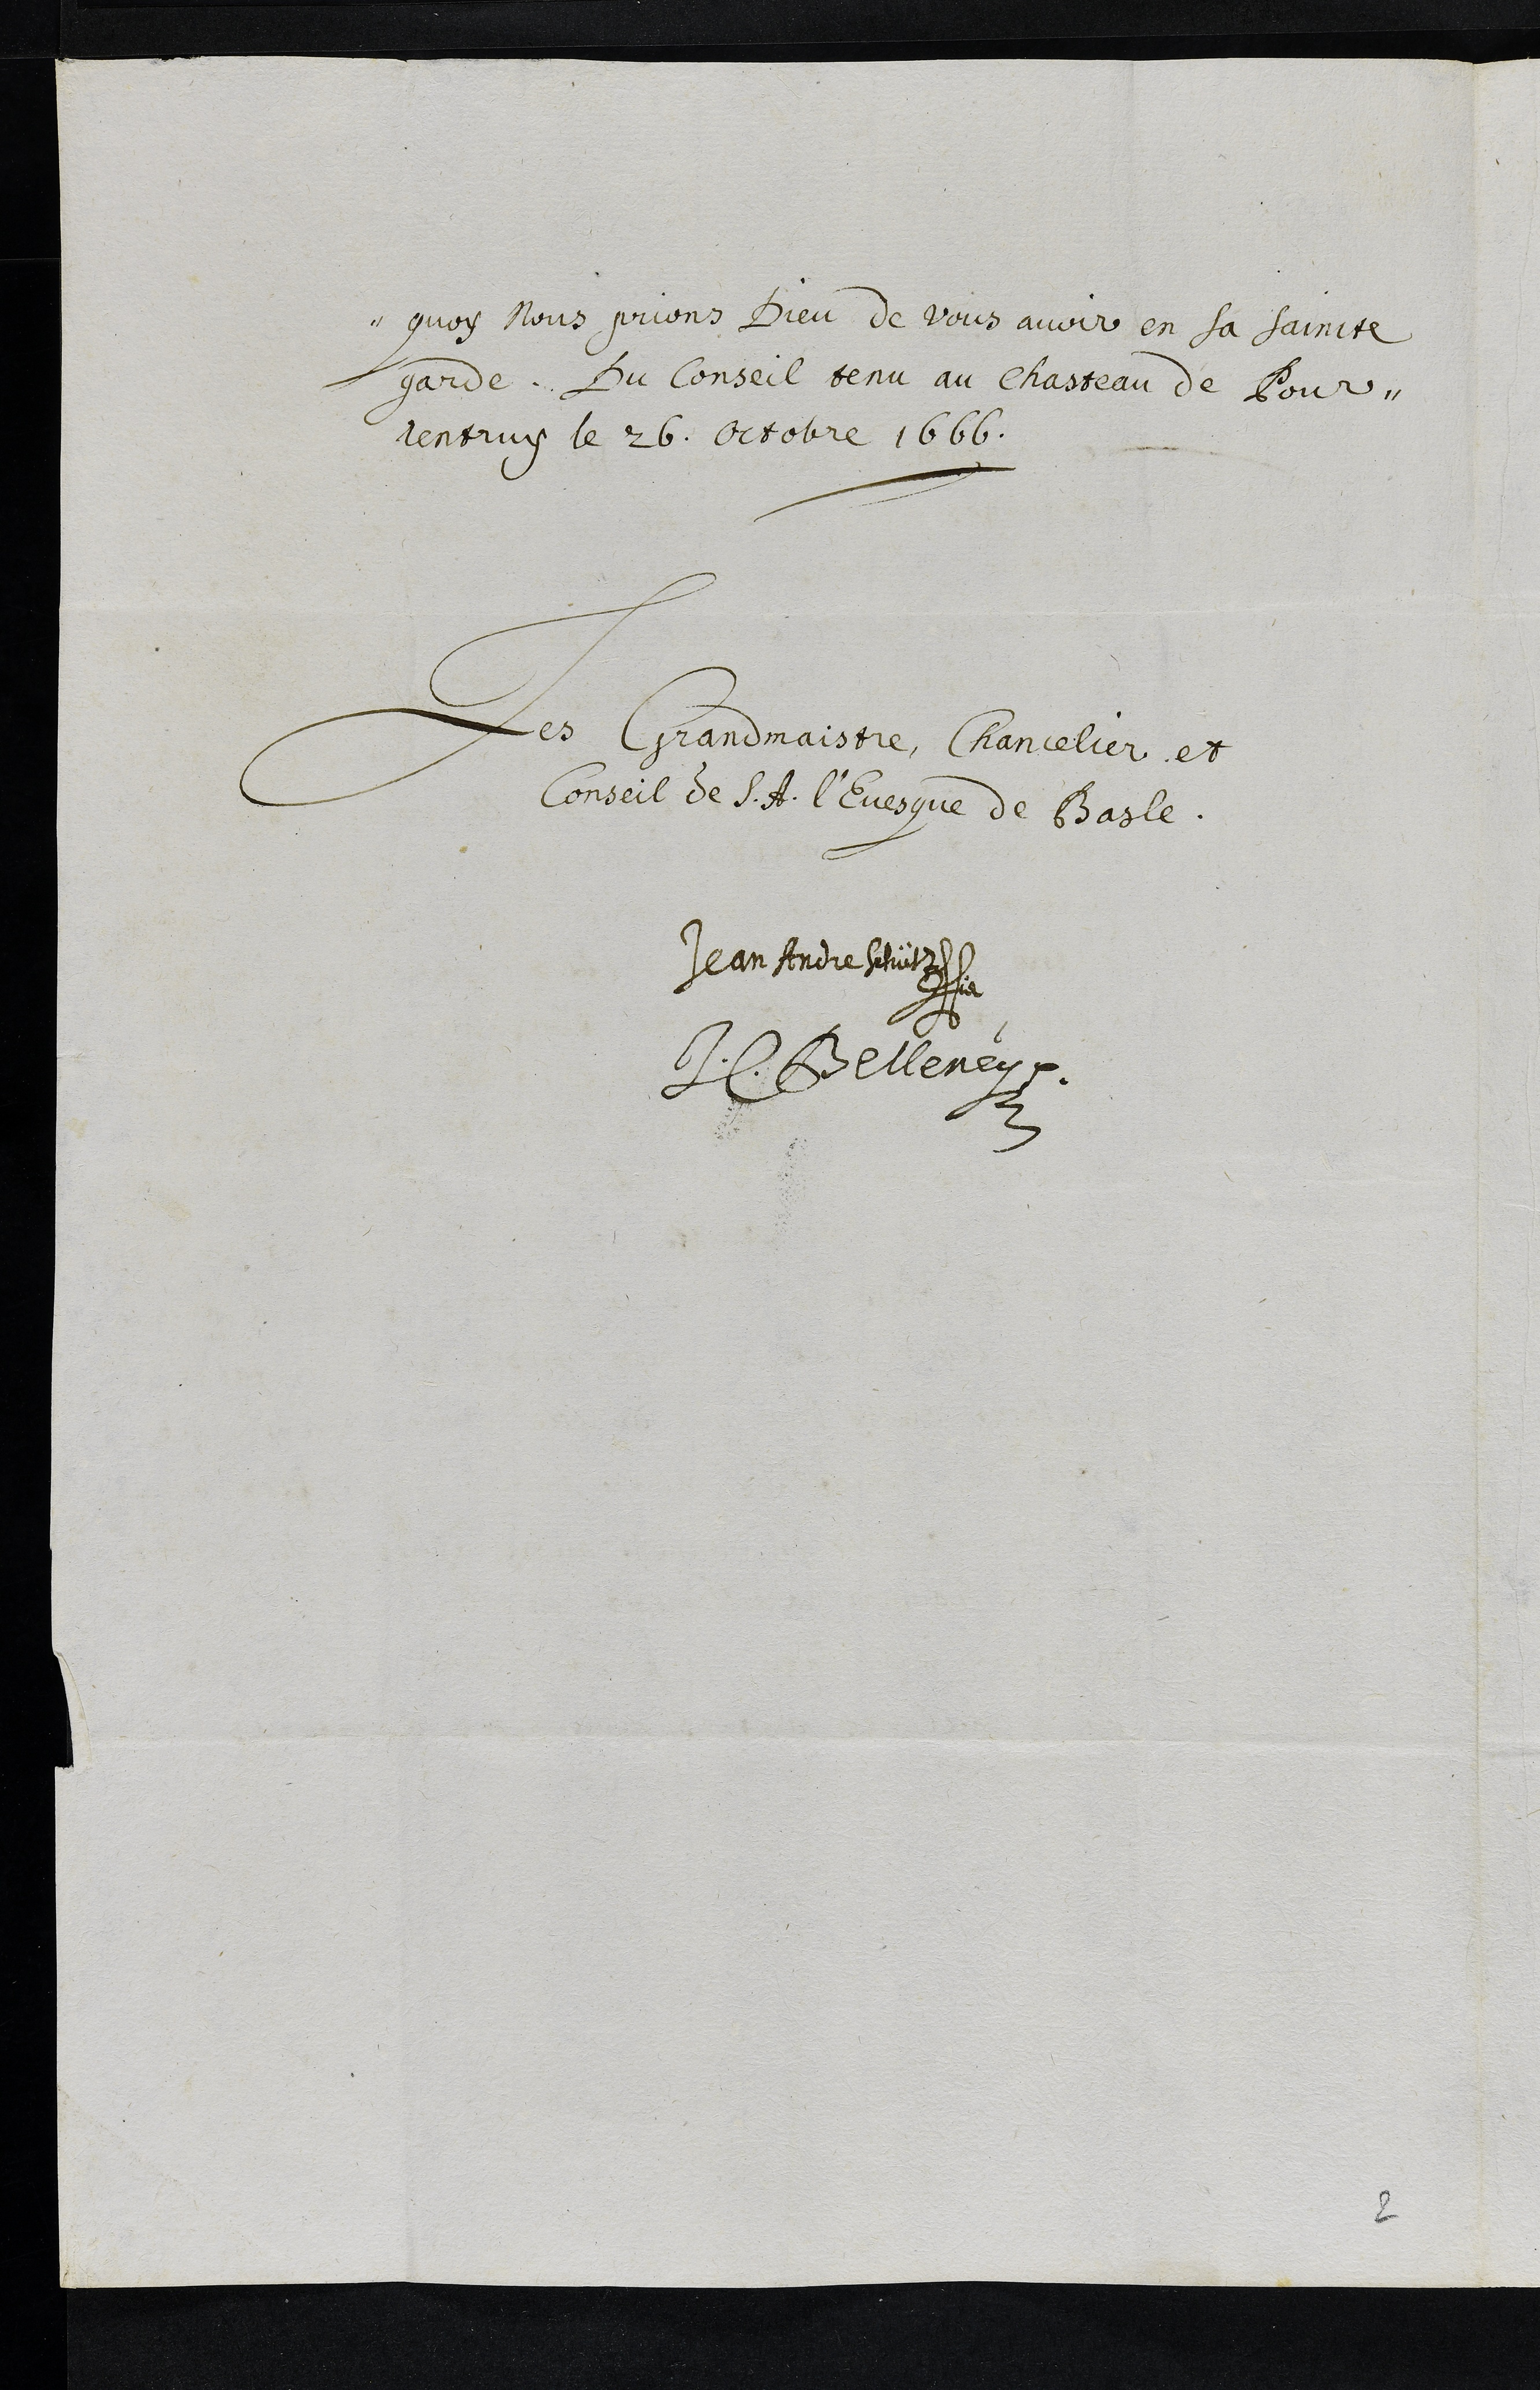
quoy Nous prions Dieu de vous avoir en sa saincte
garde. Du Conseil tenu au chasteau de Pour¬
rentruy le 26. Octobre 1666.
Les Grandmaistre, Chancelier et
Conseil de S. A. l'Evesque de Basle.
Jean Andre Schütz
H. Belleney
2